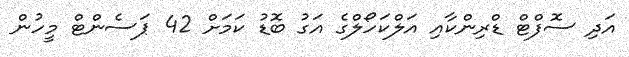
އަދި ސޮފްޓް ޑްރިންކާއި އަލްކަހޯލްގެ އަގު ބޮޑު ކަމަށް 42 ޕަސެންޓް މީހުން